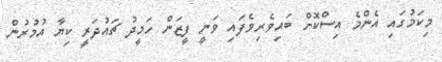
މިކަމުގައި އެންމެ އިސްކޮށް ބައިވެރިވެފައި ވަނީ ފީޒަން ހަމީދު ޗައުދަރީ ކިޔާ އުމުރުން